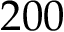
2 0 0